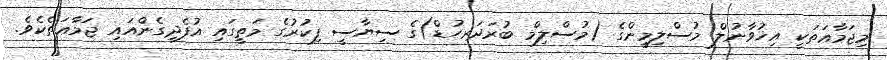
މިޖަމާޢަތަކީ އިޚުވާނުލް މުސްލިމީންގެ (މުސްލިމް ބުރަދަރހުޑް)ގެ ސިޔާސީ ފިކުރުގެ މަތީގައި އުފެދިގެންއައި ޖަމާޢަތެކެވެ.